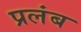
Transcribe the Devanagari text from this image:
प्रलंब